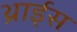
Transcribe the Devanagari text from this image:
थ्राईस